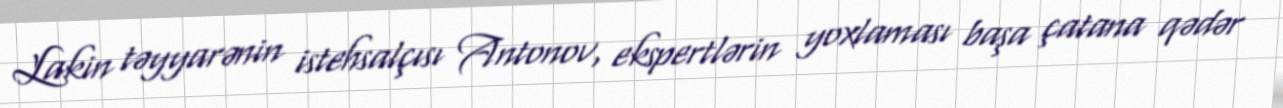
Lakin təyyarənin istehsalçısı Antonov, ekspertlərin yoxlaması başa çatana qədər